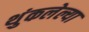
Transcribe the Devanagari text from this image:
थुंकलेल्या